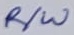
Text: R/W